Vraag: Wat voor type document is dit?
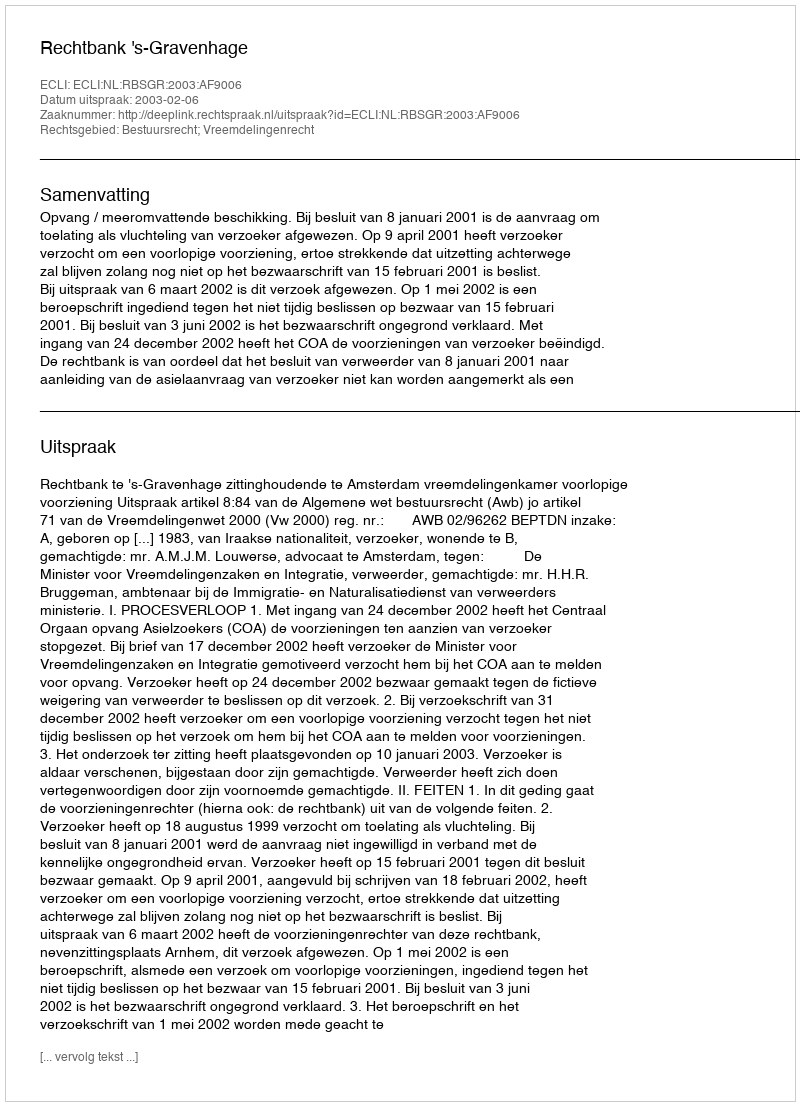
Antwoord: Uitspraak